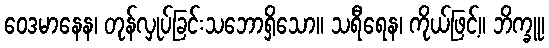
ဝေဒမာနေန၊ တုန်လှုပ်ခြင်းသဘောရှိသော။ သရီရေန၊ ကိုယ်ဖြင့်။ ဘိက္ခူ၊